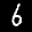
Label: 6